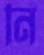
নি